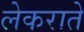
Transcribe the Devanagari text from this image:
लेकराते